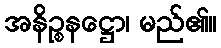
အနိဉ္စနဋ္ဌော၊ မည်၏။